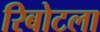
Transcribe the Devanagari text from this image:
रिबोटला